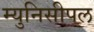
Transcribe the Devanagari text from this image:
म्युनिसीपल